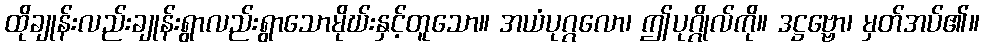
ထိုချုန်းလည်းချုန်းရွာလည်းရွာသောမိုဃ်းနှင့်တူသော။ အယံပုဂ္ဂလော၊ ဤပုဂ္ဂိုလ်ကို။ ဒဋ္ဌဗ္ဗော၊ မှတ်အပ်၏။